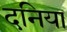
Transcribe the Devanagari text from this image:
दनिया